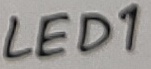
Text: LED1